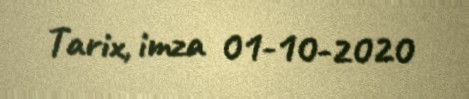
Tarix, imza 01-10-2020